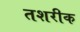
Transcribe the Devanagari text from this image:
तशरीक